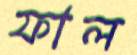
ফাল